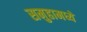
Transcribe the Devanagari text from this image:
समुहामध्ये